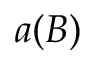
a ( B )